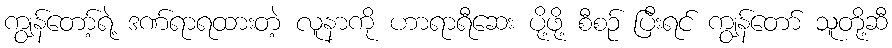
ကျွန်တော့်ရဲ့ ဒဏ်ရာရထားတဲ့ လူနာကို ဟာရာရီဆေး ပို့ဖို့ စီစဉ် ပြီးရင် ကျွန်တော် သူတို့ဆီ